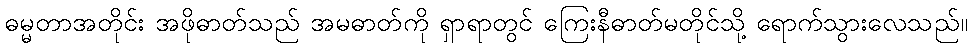
ဓမ္မတာအတိုင်း အဖိုဓာတ်သည် အမဓာတ်ကို ရှာရာတွင် ကြေးနီဓာတ်မတိုင်သို့ ရောက်သွားလေသည်။